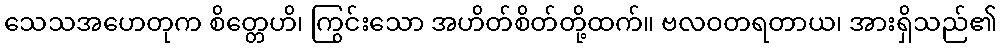
သေသအဟေတုက စိတ္တေဟိ၊ ကြွင်းသော အဟိတ်စိတ်တို့ထက်။ ဗလဝတရတာယ၊ အားရှိသည်၏